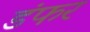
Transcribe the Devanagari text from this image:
डंफर